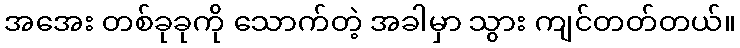
အအေး တစ်ခုခုကို သောက်တဲ့ အခါမှာ သွား ကျင်တတ်တယ်။